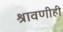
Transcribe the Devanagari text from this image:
श्रावणीही